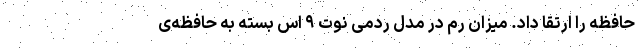
حافظه را ارتقا داد. میزان رم در مدل ردمی نوت ۹ اس بسته به حافظه‌ی